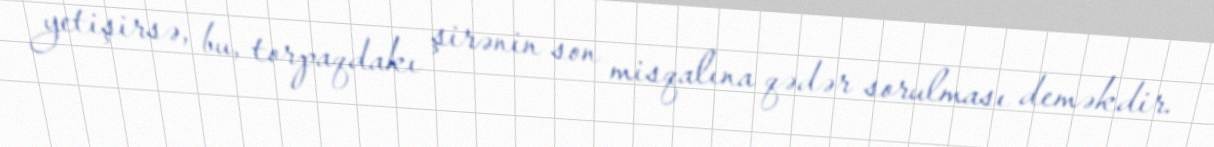
yetişirsə, bu, torpaqdakı şirənin son misqalına qədər sorulması deməkdir.